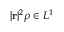
| \mathbf { r } | ^ { 2 } \rho \in L ^ { 1 }